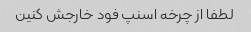
لطفا از چرخه اسنپ فود خارجش کنین